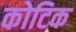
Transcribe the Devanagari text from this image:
कोटिक